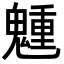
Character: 𩴂